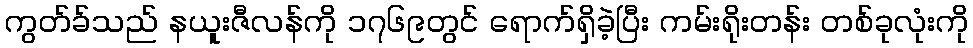
ကွတ်ခ်သည် နယူးဇီလန်ကို ၁၇၆၉တွင် ရောက်ရှိခဲ့ပြီး ကမ်းရိုးတန်း တစ်ခုလုံးကို